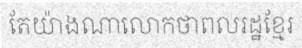
តែយ៉ាងណាលោកថាពលរដ្ឋខ្មែរ